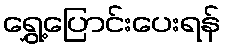
ရွှေ့ပြောင်းပေးရန်